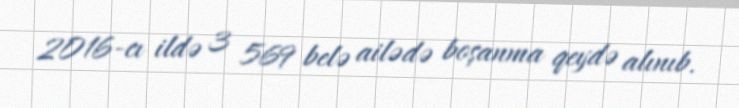
2016-cı ildə 3 569 belə ailədə boşanma qeydə alınıb.